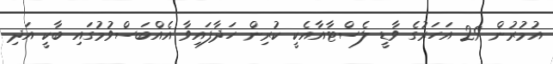
އުމުރުން 29 އަހަރުގެ ވާޑީ ލެސްޓާއާއެކީ ކުރިން ހަދާފައިވާ އެއްބަސްވުމުގައި ބާކީ އަދި